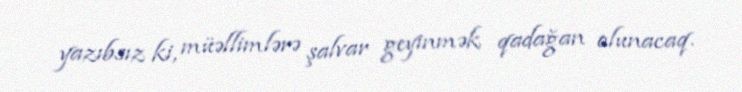
yazıbsız ki, müəllimlərə şalvar geyinmək qadağan olunacaq.